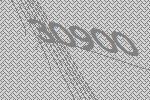
30900